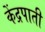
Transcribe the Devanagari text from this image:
केंद्रपाती